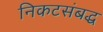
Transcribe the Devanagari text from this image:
निकटसंबद्ध